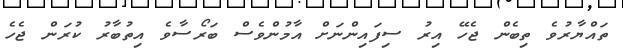
ތައްޔާރުވެ ތިބެން ޖެހޭ އިރު ސިފައިންނަށް އާމުންވެސް ބަރޯސާވެ އިތުބާރު ކުރަން ޖެހެ